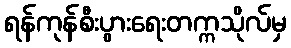
ရန်ကုန်စီးပွားရေးတက္ကသိုလ်မှ